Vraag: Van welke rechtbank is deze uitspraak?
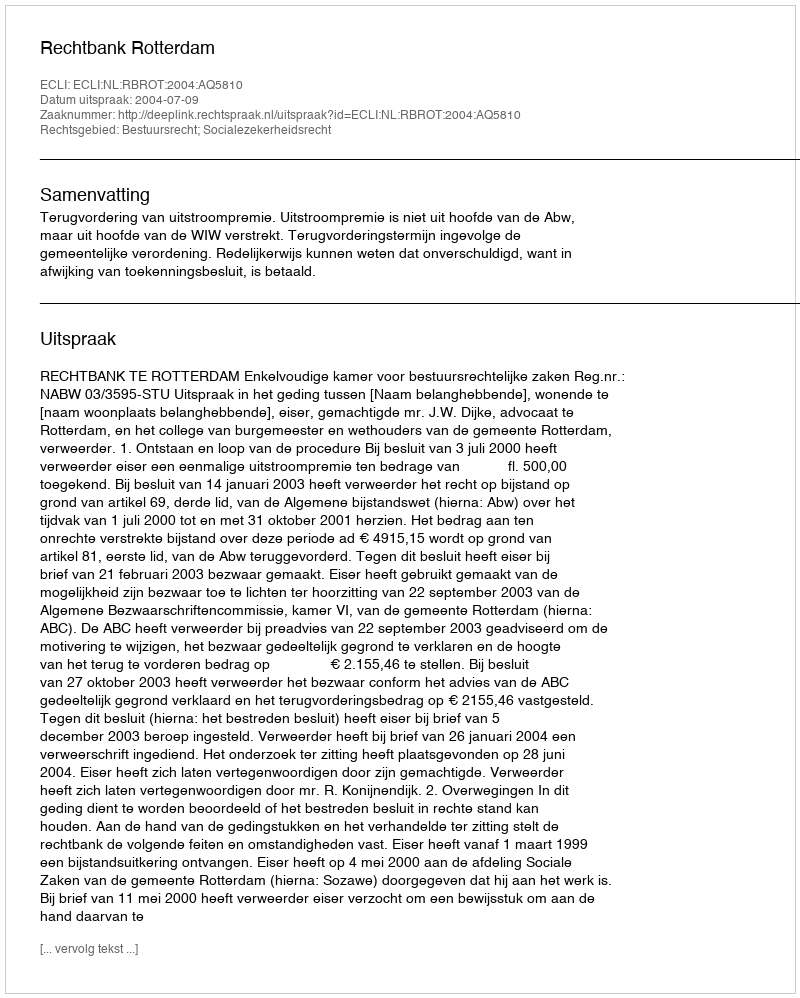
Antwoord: Rechtbank Rotterdam